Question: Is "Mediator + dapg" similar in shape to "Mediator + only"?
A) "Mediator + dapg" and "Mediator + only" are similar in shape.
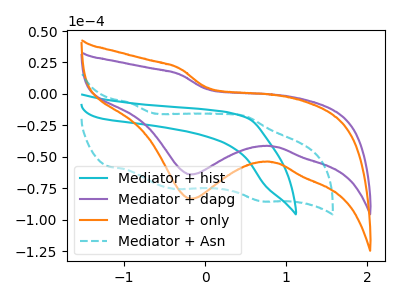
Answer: <think>The cyan curve "Mediator + hist" has no peaks. The purple curve "Mediator + dapg" has a cathodic peak at: (-0.15V, -63.95uA). The orange curve "Mediator + only" has a cathodic peak at: (-0.15V, -83.30uA). The cyan dashed curve "Mediator + Asn" has anodic peaks at (-0.90V, -7.40uA) (0.50V, -17.60uA) and cathodic peaks at (-0.35V, -75.55uA) (0.70V, -85.20uA).
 All the peaks in "Mediator + dapg" have a peak in "Mediator + only" at the same potential. Every peak in "Mediator + dapg" is lower than every peak in "Mediator + only".</think>
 <answer>A) "Mediator + dapg" and "Mediator + only" are similar in shape.</answer>
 <eval>A</eval>